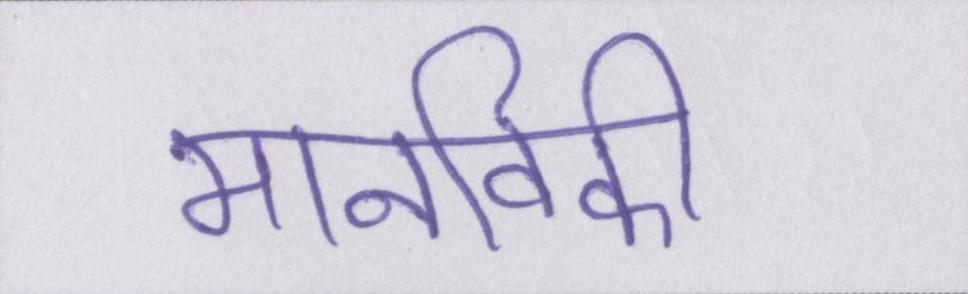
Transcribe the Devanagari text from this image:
मानविकी